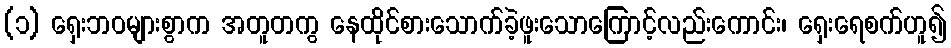
(၁) ရှေးဘဝများစွာက အတူတကွ နေထိုင်စားသောက်ခဲ့ဖူးသောကြောင့်လည်းကောင်း၊ ရှေးရေစက်ဟူ၍